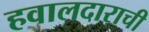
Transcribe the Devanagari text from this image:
हवालदाराची